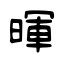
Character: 暉